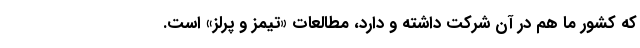
که کشور ما هم در آن شرکت داشته و دارد، مطالعات «تیمز و پرلز» است.